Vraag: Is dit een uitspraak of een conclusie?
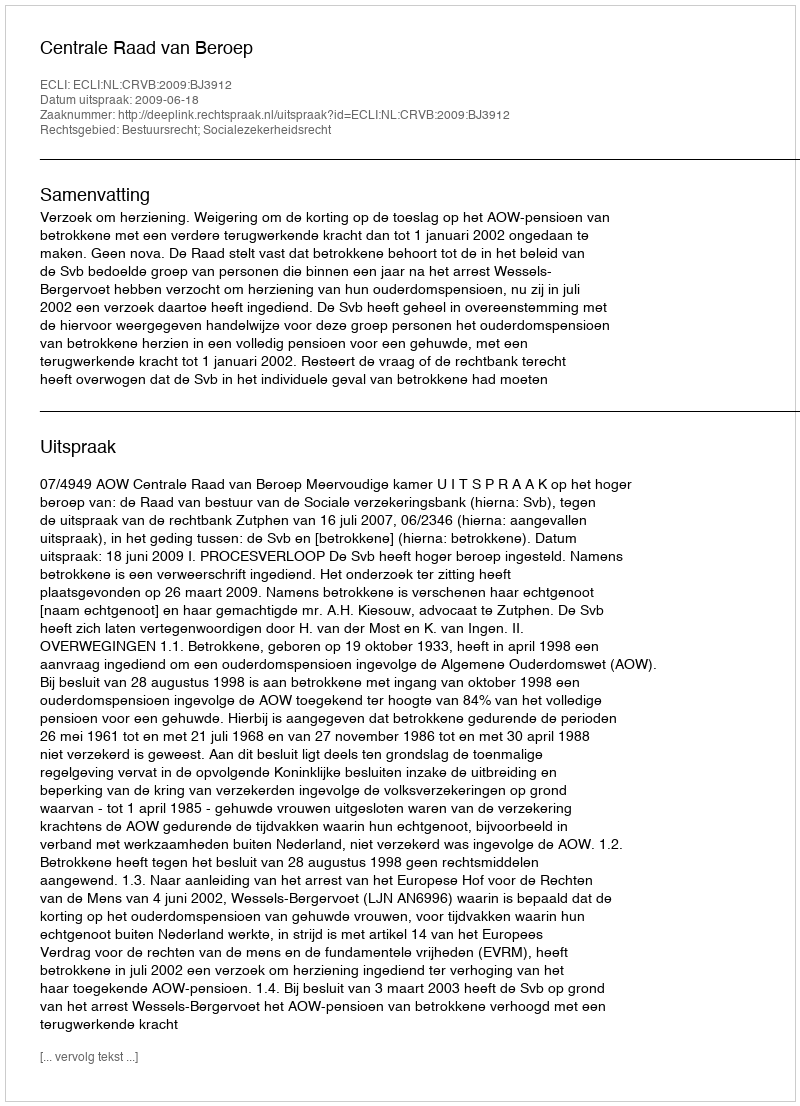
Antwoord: Uitspraak